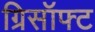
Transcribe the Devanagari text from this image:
ग्रिसॉफ्‍ट